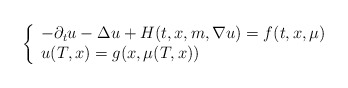
\begin{align*}\left\{\begin{array}{l}-\partial_t u - \Delta u + H(t,x,m,\nabla u) = f(t,x,\mu) \\u(T,x) = g(x,\mu(T,x))\end{array}\right.\end{align*}